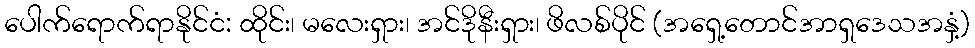
ပေါက်ရောက်ရာနိုင်ငံ: ထိုင်း၊ မလေးရှား၊ အင်ဒိုနီးရှား၊ ဖိလစ်ပိုင် (အရှေ့တောင်အာရှဒေသအနှံ့)